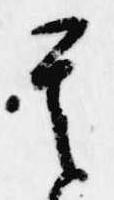
其